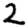
Digit: 2